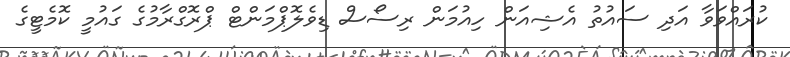
ކުރައްވަވާ އަދި ސައުތު އެޝިއަން ހިއުމަން ރިސޯސް ޑިވެލޮޕްމަންޓް ޕްރޮގްރާމުގެ ގައުމީ ކޮމެޓީގެ